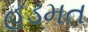
હડમત